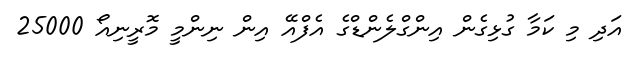
އަދި މި ކަމާ ގުޅިގެން އިންގްލެންޑްގެ އެފްއޭ އިން ނިންމީ މޮރީނިއޯ 25000